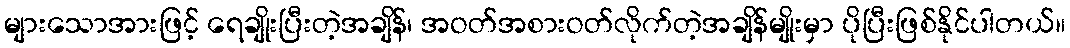
များသောအားဖြင့် ရေချိုးပြီးတဲ့အချိန်၊ အဝတ်အစားဝတ်လိုက်တဲ့အချိန်မျိုးမှာ ပိုပြီးဖြစ်နိုင်ပါတယ်။